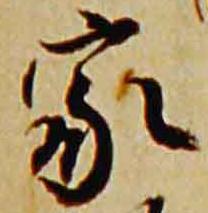
家